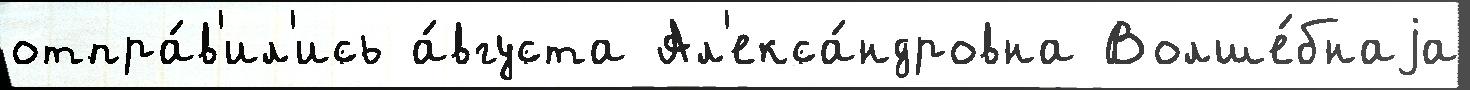
отпра́в'ил'ись а́вгуста Ал'екса́ндровна Волше́бнаjа